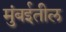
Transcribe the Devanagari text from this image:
मुंबर्इतील